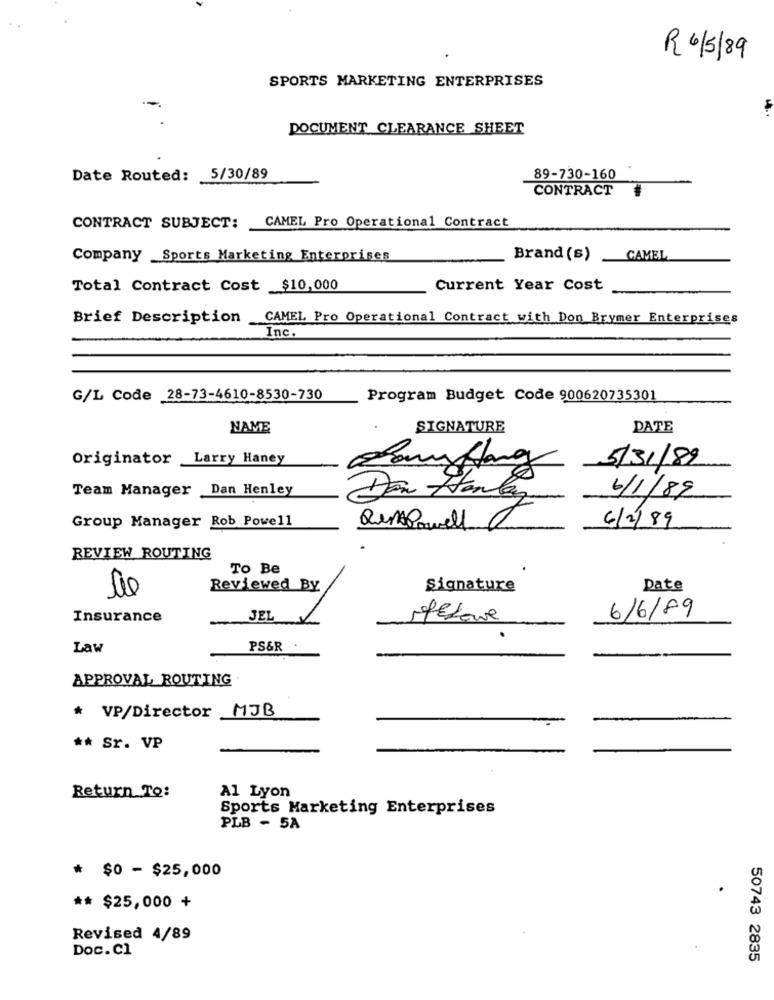
R 4/5/89
SPORTS MARKETING ENTERPRISES
DOCUMENT CLEARANCE SHEET
Date Routed: 5/30/89
89-730-160
CONTRACT
CAMEL Pro Operational Contract
CONTRACT SUBJECT:
Company Sports Marketing Enterprises
Brand (s)
CAMEL
Total Contract Cost $10,000
Current Year Cost
Brief Description CAMEL Pro Operational Contract with Don Brymer Enterprises
Inc.
G/L Code 28-73-4610-8530-730
Program Budget Code 900620735301
NAME
SIGNATURE
DATE
Originator Larry Haney
5/31/89
Bauflang
Team Manager Dan Henley
6/1/89
Da Hanley
Group Manager Rob Powell
6/2/89
QuiPowell
0
REVIEW ROUTING
To Be
Reviewed By
Signature
Date
0
6/6/89
Insurance
JEL
1
MEdowe
Law
PS&R
APPROVAL ROUTING
* VP/Director MJB
** Sr. VP
Return To:
Al Lyon
Sports Marketing Enterprises
PLB - 5A
* $0 - $25,000
** $25,000 +
Revised 4/89
Doc. cl
50743 2835